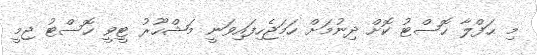
މި ޙަފްލާ ހޮސްޓު ކޮށް ދިނުމަށް ހަމަޖެހިފައިވަނީ މަޝްހޫރު ޓީވީ ހޮސްޓު ޖިމީ